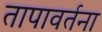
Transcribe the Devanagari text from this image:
तापावर्तना